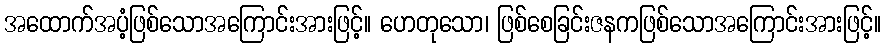
အထောက်အပံ့ဖြစ်သောအကြောင်းအားဖြင့်။ ဟေတုသော၊ ဖြစ်စေခြင်းဇနကဖြစ်သောအကြောင်းအားဖြင့်။